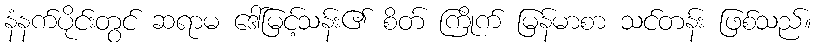
နံနက်ပိုင်းတွင် ဆရာမ ဒေါ်မြင့်သန်း၏ စိတ် ကြိုက် မြန်မာစာ သင်တန်း ဖြစ်သည်။